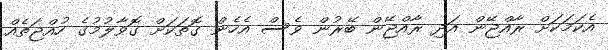
އެކަމަކަށް ރާއްޖޭން އަދި ރާއްޖޭން ބޭރުން ވެސް އެހެން ގޮތަކަށް ގޮވާލުމުގެ ހުއްޖަތެއް